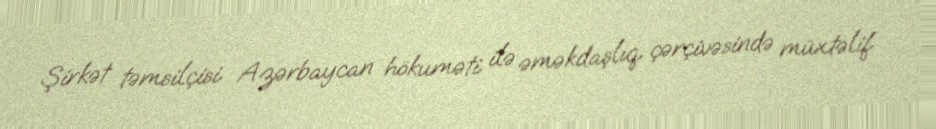
Şirkət təmsilçisi Azərbaycan hökuməti ilə əməkdaşlıq çərçivəsində müxtəlif